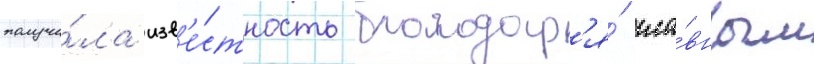
получи́ла изв'е́стность благодар'я́ гла́вным